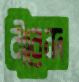
বীরেন্দ